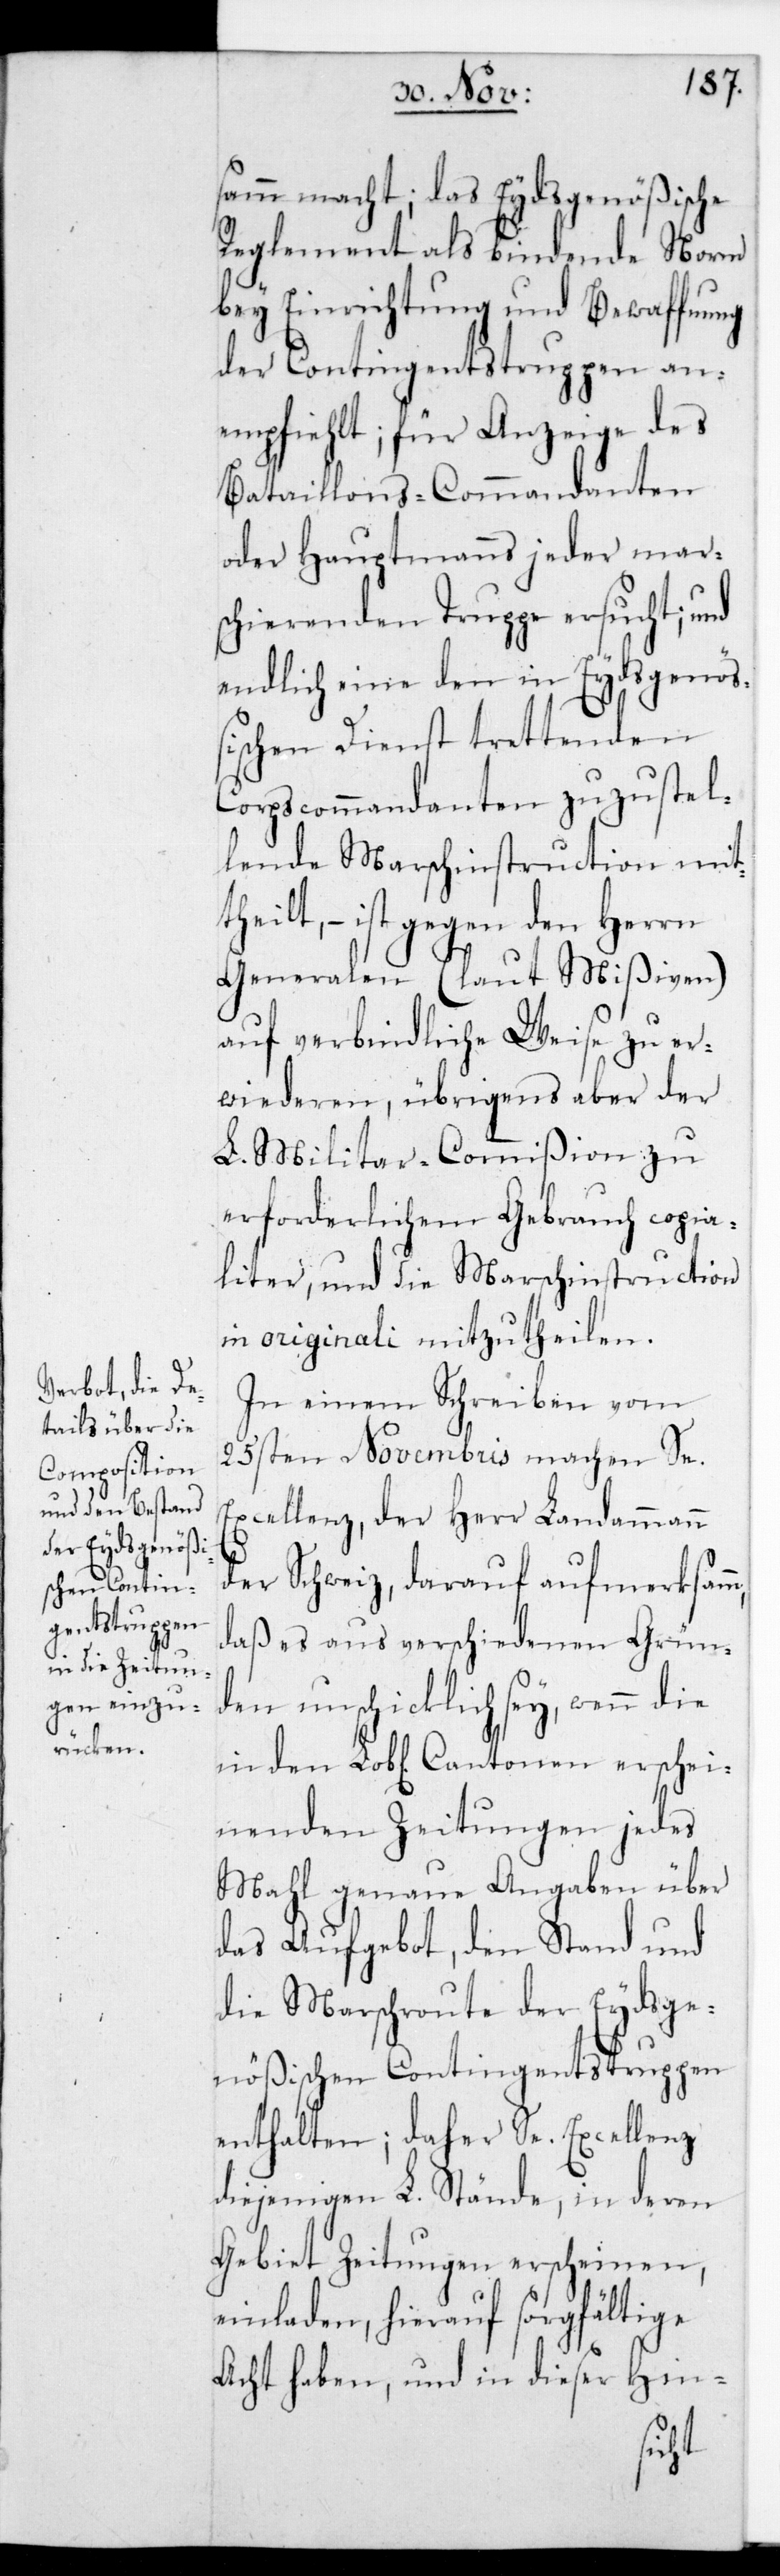
samm macht; das Eydsgenößische
Reglement als bindende Norm
bey Einrichtung und Bewaffnung
der Contingentstruppen an¬
empfiehlt; für Anzeige des
Bataillons-Commandanten
oder Hauptmanns jeder mars¬
chierenden Truppe ersucht, und
endlich eine dem in Eydsgenöß¬
ischen Dienst trettenden
Corpscommandanten zuzustel¬
lende Marschinstruction mit¬
theilt, – ist gegen den Herrn
Generalen (laut Mißiven)
auf verbindliche Weise zu er¬
wiederen, übrigens aber der
L. Militar-Commißion zu
erforderlichem Gebrauch copia¬
liter, und die Marschinstruction
in originali mitzutheilen.
In einem Schreiben vom
25sten Novembris machen Se.
Excellenz der Herr Landammann
der Schweiz darauf aufmerksamm,
daß es aus verschiedenen Grün¬
den unschicklich sey, wenn die
in den Lobl. Cantonen erschei¬
nenden Zeitungen jedes
Mal genaue Angaben über
das Aufgebot, den Stand und
die Marschroute der Eydsge¬
nößischen Contingentstruppen
enthalten; daher Se Excellenz
diejenigen L. Stände, in deren
Gebiet Zeitungen erscheinen,
einladen, hierauf sorgfältige
Acht haben, und in dieser Hin-